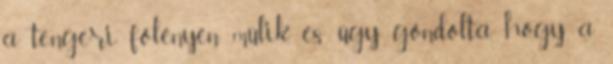
a tengeri fölényén múlik, és úgy gondolta, hogy a